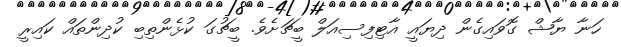
ހަނާ ޔާޝް ގޮވައިގެން ދިޔައީ އާޓިފިސިއަލް ބީޗަށެވެ. ބީޗުގަ ކުޅެންތިބި ކުދިންތައް ކައިރީ